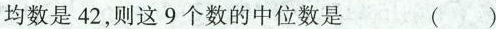
均数是42，则这9个数的中位数是 ( )